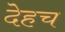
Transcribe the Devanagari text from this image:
देहच